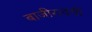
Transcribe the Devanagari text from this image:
बाजीरावची